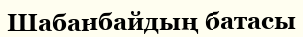
Шабанбайдың батасы